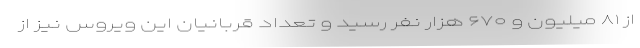
از ۸۱ میلیون و ۶۷۰ هزار نفر رسید و تعداد قربانیان این ویروس نیز از